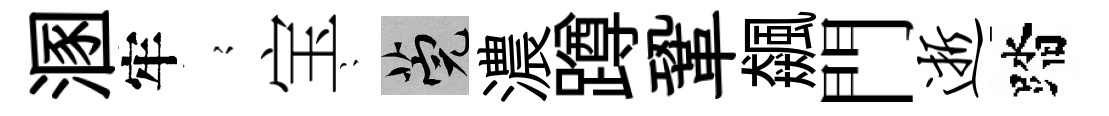
溷牢𡪹宝隠筦濃蹲鞏飆門逝踏